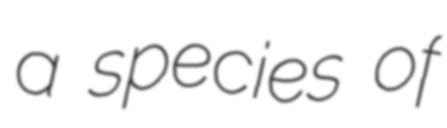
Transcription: a species of